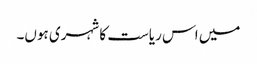
میں اس ریاست کا شہری ہوں۔